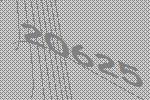
20625